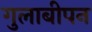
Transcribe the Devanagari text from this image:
गुलाबीपन